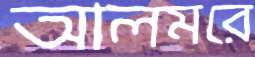
আলমরে